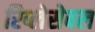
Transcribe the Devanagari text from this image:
रिप्लेसेबल